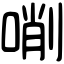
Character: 𠸑